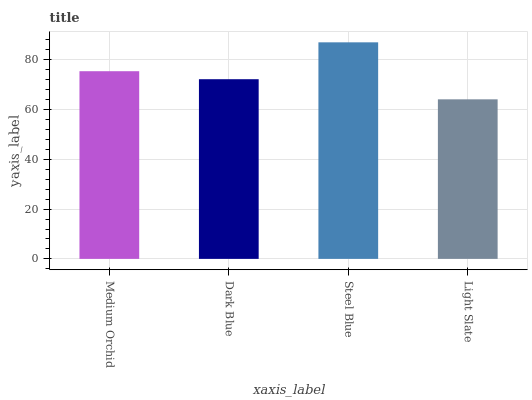
| xaxis_label | bars |
 | --- | --- |
 | Medium Orchid | 75.4 |
 | Dark Blue | 72.2 |
 | Steel Blue | 87 |
 | Light Slate | 64.1 |